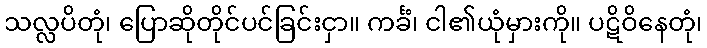
သလ္လပိတုံ၊ ပြောဆိုတိုင်ပင်ခြင်းငှာ။ ကင်္ခံ၊ ငါ၏ယုံမှားကို။ ပဋိဝိနေတုံ၊